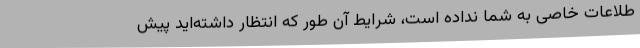
طلاعات خاصی به شما نداده است، شرایط آن طور که انتظار داشته‌اید پیش